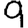
Digit: 9